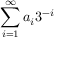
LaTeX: \sum _ { i = 1 } ^ { \infty } a _ { i } 3 ^ { - i }